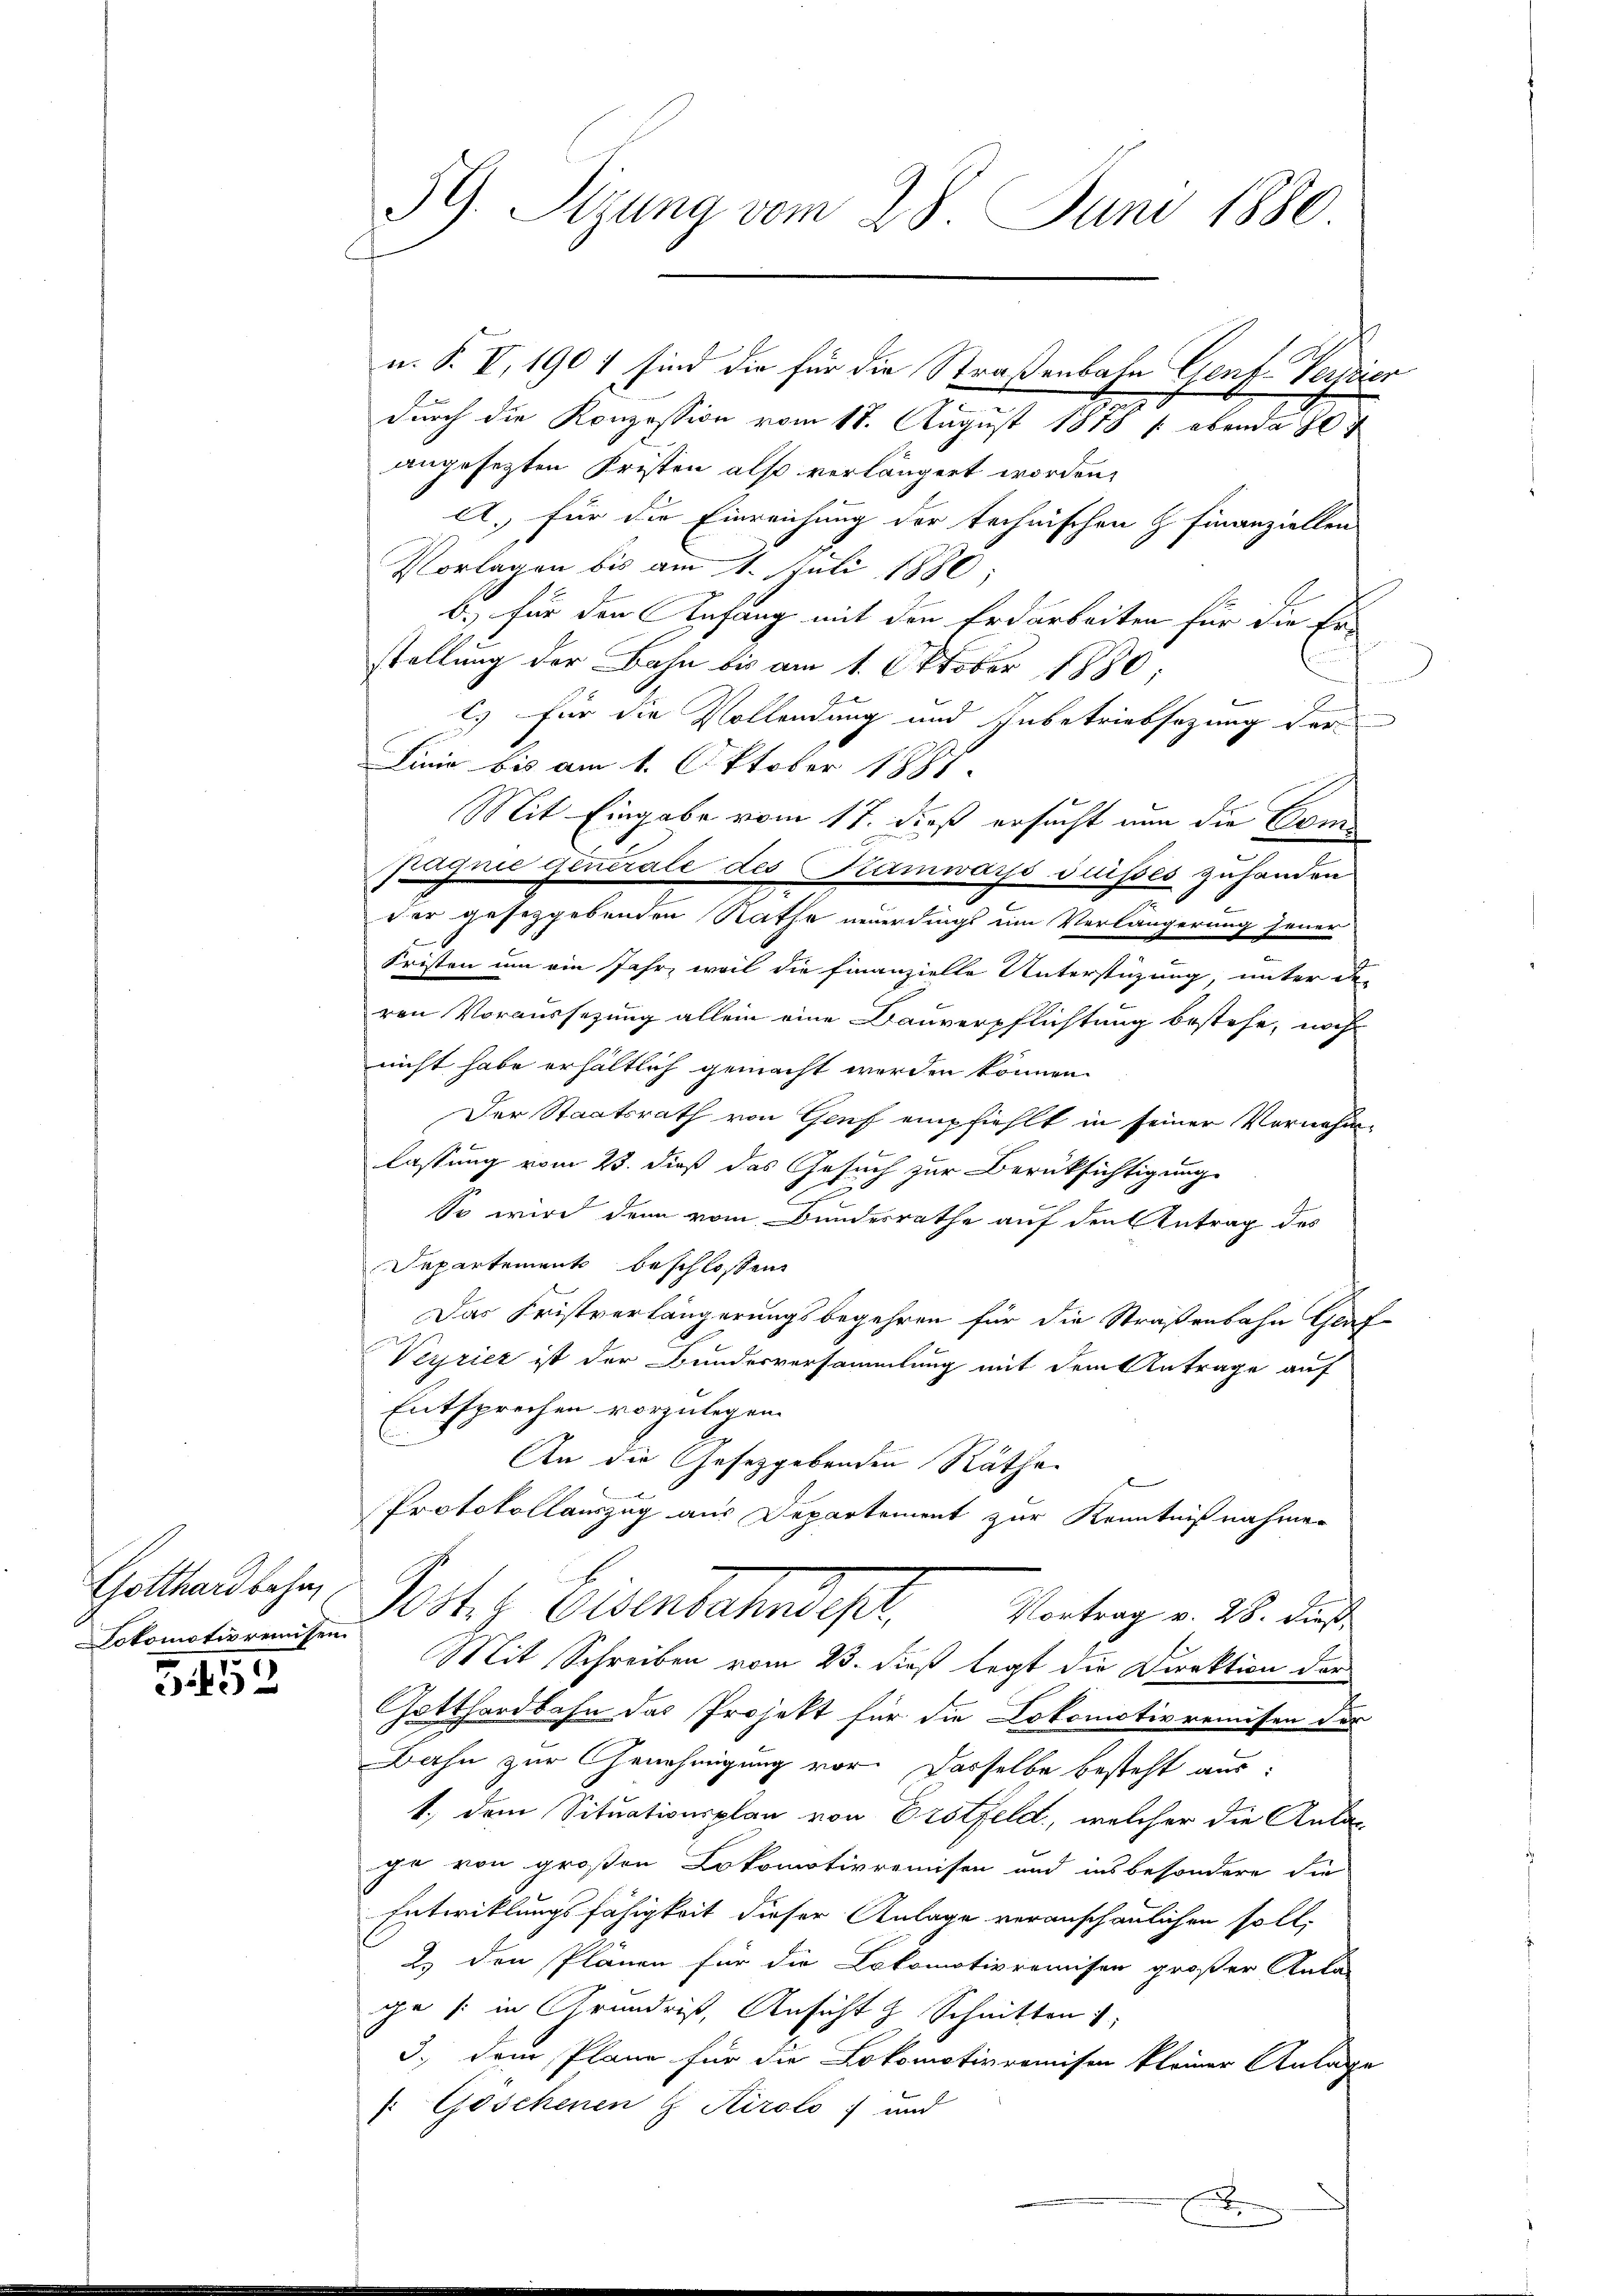
Gotthardbahn,
Lokomotivrenissen.

3152

39. Sizung vom 28. Juni 1880

n. P. V, 1901 sind die für die Straßenbahn Genf Verstier
durch die Konzession vom 18. August 1878 / ebenda 07
angesetzten Fristen also verlängert worden,
A., für die Einreichung der technischen H. Finanziellen
Vorlagen bis am 1. Juli 1880,
b.) für den Anfang mit den Erdarbeiten für die Er-
stellung der Bahn bis am 1. Oktober 1880;
) für die Vollendung und Inbetriebsazung der
Linie bis am 1. Oktober 1887.
Mit Eingabe vom 17. dieß ersucht nun die Com¬
Fagnie Generale des Kamwars suisses zuhanden
dor gesetzgebenden Rathe neuerdings um Verlängerung jener
Fristen um ein Jahr, weil die Finanzielle Unterstüzung unter di
ren Voraussezung allein eine Bauverpflichtung bestehe, noch
nicht habe erhältlich gemacht werden können.
Der Staatsrath von Genf empfiehlt in seiner Vornahme
b
lassung vom 23. dieß das Gesuch zur Berüksichtigung
E
So wird denn vom Bundesrathe auf den Antrag des
Departement beschlossen
Das Fristverlängerungsbegehren für die Straßenbahn Graf-
Verriet ist der Bundesversammlung mit dem Antrage auf
Entsprechen vorzulegen.
An die Gesetzgebenden Räthe
Protokollauszug aus Departement zur Kenntnißnahmen
Poster Eisenbahndepr
Vortrag v. 28. dieß
Mit Schreiben vom 23. dieß legt die Direktion der
Gotthardbahn das Projekt für die Lokomotivremisen der
Dahn zur Genehmigung vor. Dasselbe besteht aus:
1., dem Situationsplan von Erstfeld, welcher die Anlage von großen Lokomotivremisen und insbesondere die
Entwicklungsfähigkeit dieser Anlage veranschaulichen soll,
2.) den Plänen für die Lokomotivremisen großer Aula-
ge /: in Grundris, Ansicht z. Schnitten
3.) Dem Plane für die Lokomotivremisen kleiner Anlage
 Göschenen H Airolo ; und

x

e